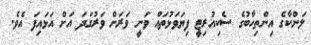
ލަންކާގެ އިންތިހާބުގެ ސެކިއުރިޓީ ފިޔަވަޅުތައް ވަނީ ވަރަށް ވަރުގަދަ އަށް އަޅައިފަ އެވެ.